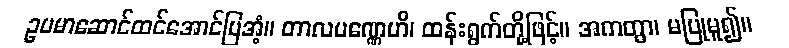
ဥပမာဆောင်ထင်အောင်ပြအံ့။ တာလပဏ္ဏေဟိ၊ ထန်းရွက်တို့ဖြင့်။ အကတွာ၊ မပြုမူ၍။